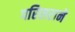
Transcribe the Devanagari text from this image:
परिसराने